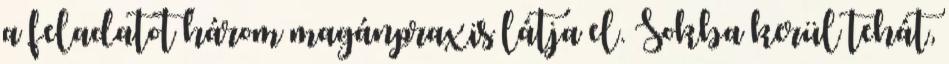
a feladatot három magánpraxis látja el. Sokba kerül tehát,